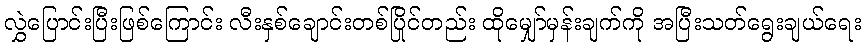
လွှဲပြောင်းပြီးဖြစ်ကြောင်း လီးနှစ်ချောင်းတစ်ပြိုင်တည်း ထိုမျှော်မှန်းချက်ကို အပြီးသတ်ရွေးချယ်ရေး